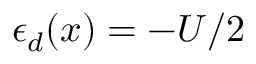
\epsilon _ { d } ( x ) = - U / 2